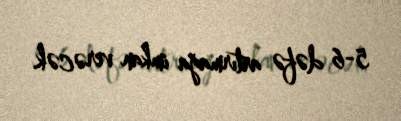
5-6 dəfə artırmağa imkan verəcək.